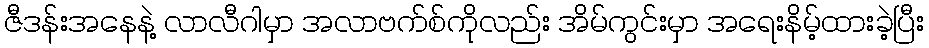
ဇီဒန်းအနေနဲ့ လာလီဂါမှာ အလာဗက်စ်ကိုလည်း အိမ်ကွင်းမှာ အရေးနိမ့်ထားခဲ့ပြီး